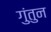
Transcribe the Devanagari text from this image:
गुंतुन